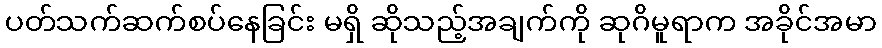
ပတ်သက်ဆက်စပ်နေခြင်း မရှိ ဆိုသည့်အချက်ကို ဆုဂိမူရာက အခိုင်အမာ